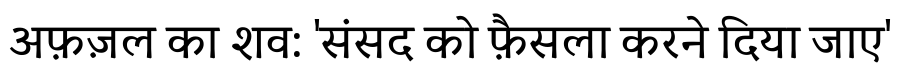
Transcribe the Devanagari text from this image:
अफ़ज़ल का शव: 'संसद को फ़ैसला करने दिया जाए'